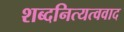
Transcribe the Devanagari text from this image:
शब्दनित्यत्ववाद